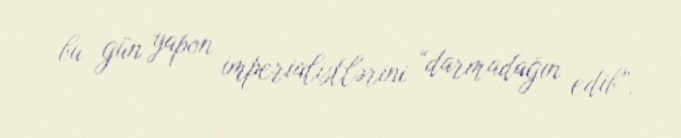
bu gün yapon imperialistlərini “darmadağın edib”.